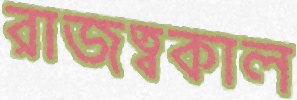
রাজত্বকাল